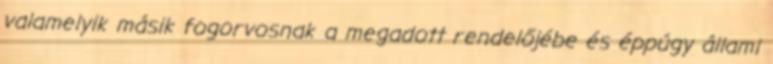
valamelyik másik fogorvosnak a megadott rendelőjébe és éppúgy állami